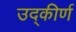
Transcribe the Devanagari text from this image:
उद्‌कीर्ण